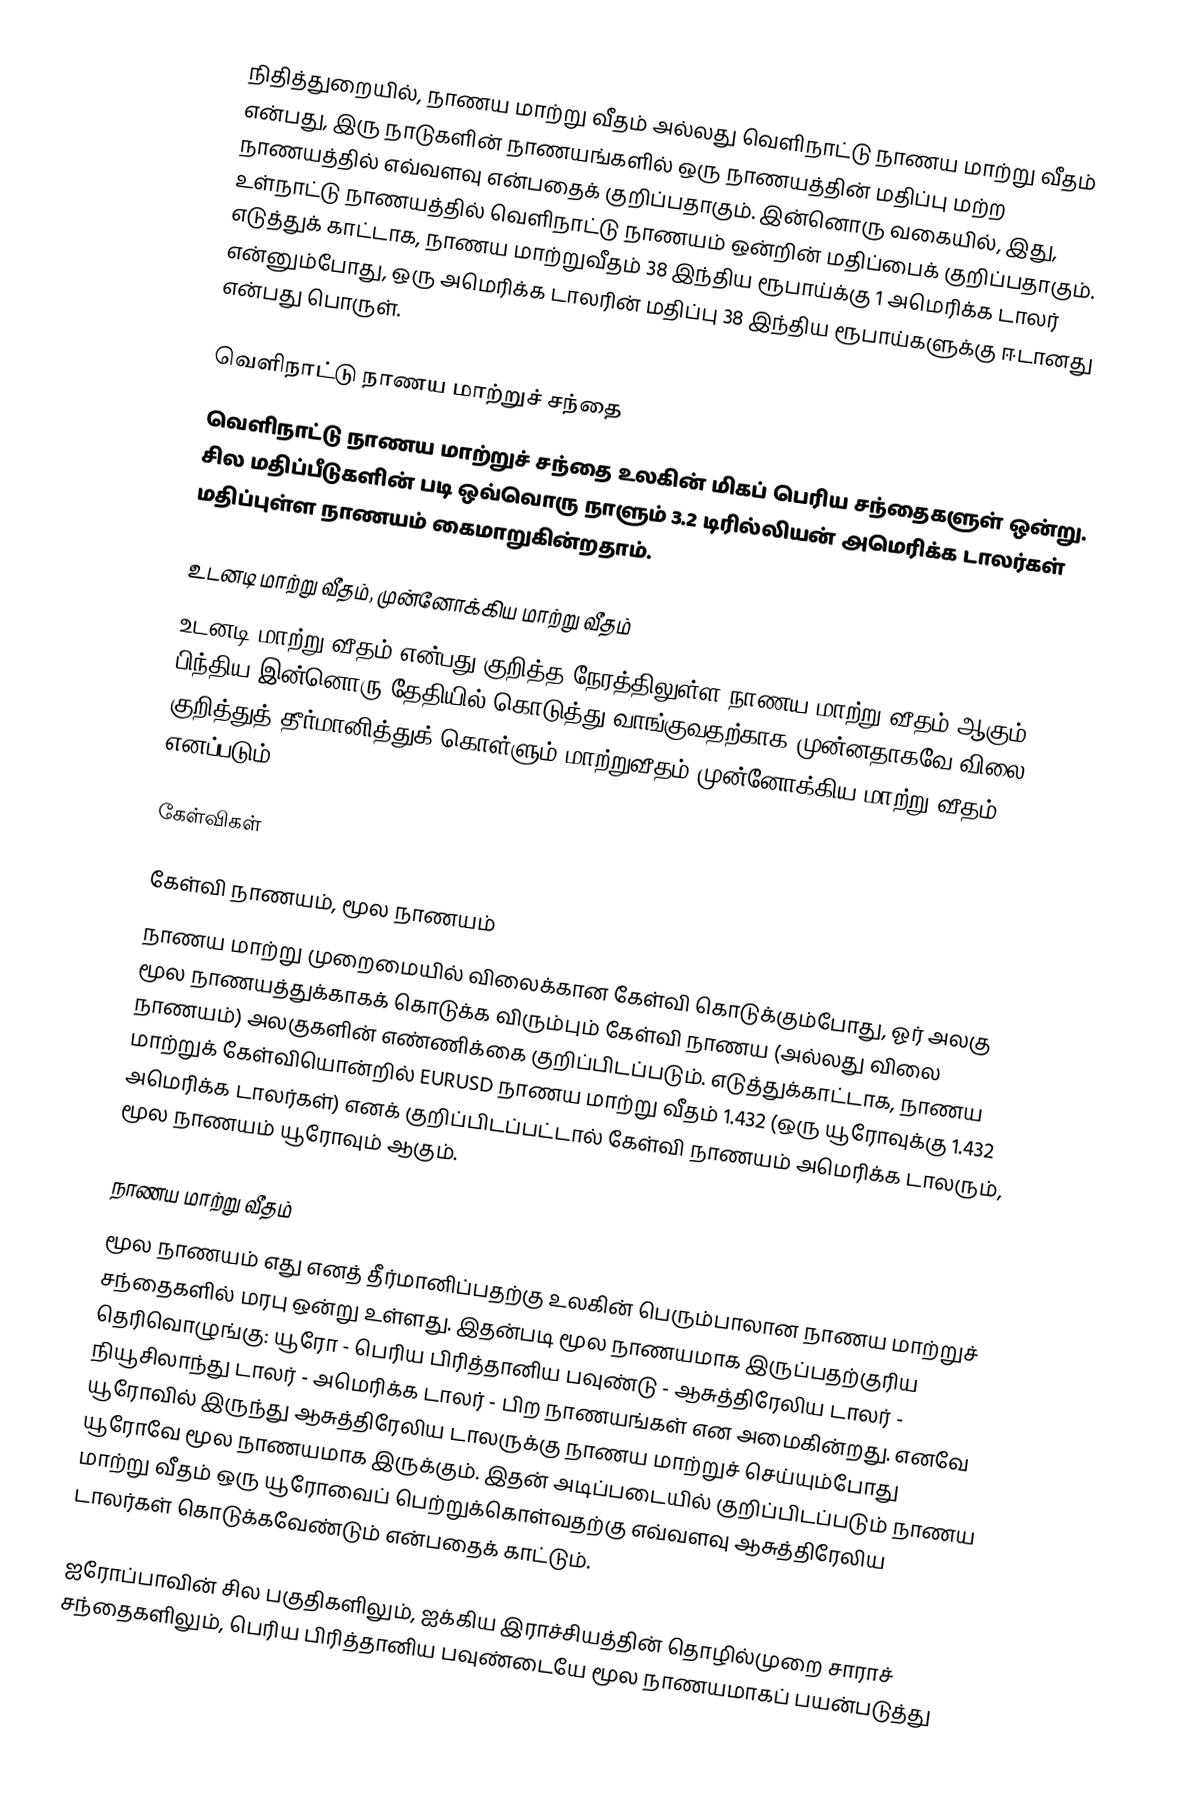
நிதித்துறையில், நாணய மாற்று வீதம் அல்லது வெளிநாட்டு நாணய மாற்று வீதம் என்பது, இரு நாடுகளின் நாணயங்களில் ஒரு நாணயத்தின் மதிப்பு மற்ற நாணயத்தில் எவ்வளவு என்பதைக் குறிப்பதாகும். இன்னொரு வகையில், இது, உள்நாட்டு நாணயத்தில் வெளிநாட்டு நாணயம் ஒன்றின் மதிப்பைக் குறிப்பதாகும். எடுத்துக் காட்டாக, நாணய மாற்றுவீதம் 38 இந்திய ரூபாய்க்கு 1 அமெரிக்க டாலர் என்னும்போது, ஒரு அமெரிக்க டாலரின் மதிப்பு 38 இந்திய ரூபாய்களுக்கு ஈடானது என்பது பொருள்.

வெளிநாட்டு நாணய மாற்றுச் சந்தை
வெளிநாட்டு நாணய மாற்றுச் சந்தை உலகின் மிகப் பெரிய சந்தைகளுள் ஒன்று. சில மதிப்பீடுகளின் படி ஒவ்வொரு நாளும் 3.2 டிரில்லியன் அமெரிக்க டாலர்கள் மதிப்புள்ள நாணயம் கைமாறுகின்றதாம்.

உடனடி மாற்று வீதம், முன்னோக்கிய மாற்று வீதம்
உடனடி மாற்று வீதம் என்பது குறித்த நேரத்திலுள்ள நாணய மாற்று வீதம் ஆகும். பிந்திய இன்னொரு தேதியில் கொடுத்து வாங்குவதற்காக முன்னதாகவே விலை குறித்துத் தீர்மானித்துக் கொள்ளும் மாற்றுவீதம் முன்னோக்கிய மாற்று வீதம் எனப்படும்.

கேள்விகள்

கேள்வி நாணயம், மூல நாணயம்
நாணய மாற்று முறைமையில் விலைக்கான கேள்வி கொடுக்கும்போது, ஓர் அலகு மூல நாணயத்துக்காகக் கொடுக்க விரும்பும் கேள்வி நாணய (அல்லது விலை நாணயம்) அலகுகளின் எண்ணிக்கை குறிப்பிடப்படும். எடுத்துக்காட்டாக, நாணய மாற்றுக் கேள்வியொன்றில் EURUSD நாணய மாற்று வீதம் 1.432 (ஒரு யூரோவுக்கு 1.432 அமெரிக்க டாலர்கள்) எனக் குறிப்பிடப்பட்டால் கேள்வி நாணயம் அமெரிக்க டாலரும், மூல நாணயம் யூரோவும் ஆகும்.

நாணய மாற்று வீதம்
மூல நாணயம் எது எனத் தீர்மானிப்பதற்கு உலகின் பெரும்பாலான நாணய மாற்றுச் சந்தைகளில் மரபு ஒன்று உள்ளது. இதன்படி மூல நாணயமாக இருப்பதற்குரிய தெரிவொழுங்கு: யூரோ - பெரிய பிரித்தானிய பவுண்டு - ஆசுத்திரேலிய டாலர் - நியூசிலாந்து டாலர் - அமெரிக்க டாலர் - பிற நாணயங்கள் என அமைகின்றது. எனவே யூரோவில் இருந்து ஆசுத்திரேலிய டாலருக்கு நாணய மாற்றுச் செய்யும்போது யூரோவே மூல நாணயமாக இருக்கும். இதன் அடிப்படையில் குறிப்பிடப்படும் நாணய மாற்று வீதம் ஒரு யூரோவைப் பெற்றுக்கொள்வதற்கு எவ்வளவு ஆசுத்திரேலிய டாலர்கள் கொடுக்கவேண்டும் என்பதைக் காட்டும்.

ஐரோப்பாவின் சில பகுதிகளிலும், ஐக்கிய இராச்சியத்தின் தொழில்முறை சாராச் சந்தைகளிலும், பெரிய பிரித்தானிய பவுண்டையே மூல நாணயமாகப் பயன்படுத்து